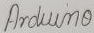
Text: Arduino